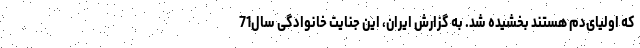
که اولیای‌دم هستند بخشیده شد. به گزارش ایران، این جنایت خانوادگی سال71